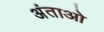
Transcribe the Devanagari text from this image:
अंताओ